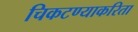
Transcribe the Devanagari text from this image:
चिकटण्याकरिता